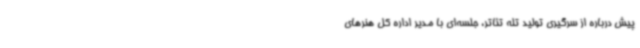
پیش درباره از سرگیری تولید تله تئاتر، جلسه‌ای با مدیر اداره کل هنرهای